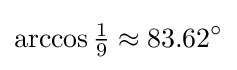
\arccos {\tfrac {1}{9}}\approx 83.62^{\circ }